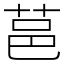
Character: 䓃